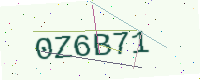
Text: 0Z6B71